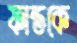
ফান্ডকে